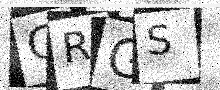
Text: GRGS